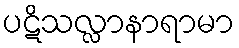
ပဋိသလ္လာနာရာမာ